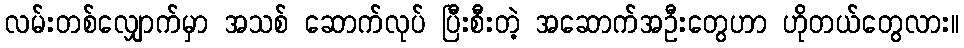
လမ်းတစ်လျှောက်မှာ အသစ် ဆောက်လုပ် ပြီးစီးတဲ့ အဆောက်အဦးတွေဟာ ဟိုတယ်တွေလား။